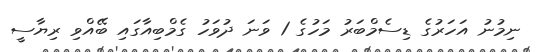
ނިމުނު އަހަރުގެ ޑިސެމްބަރު މަހުގެ 1 ވަނަ ދުވަހު ގެމްބިއާގައި ބޭއްވި ރިޔާސީ